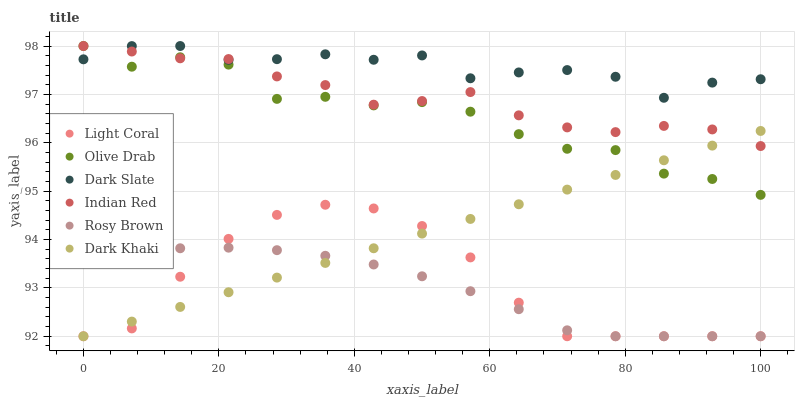
| xaxis_label | Light Coral | Olive Drab | Dark Slate | Indian Red | Rosy Brown | Dark Khaki |
 | --- | --- | --- | --- | --- | --- | --- |
 | 0 | 92 | 98 | 97.7 | 98 | 93.6 | 92 |
 | 7.14 | 92.2 | 97.6 | 98 | 97.9 | 93.7 | 92.3 |
 | 14.3 | 93.2 | 97.8 | 98 | 97.7 | 93.8 | 92.6 |
 | 21.4 | 94 | 97.6 | 97.7 | 97.7 | 93.8 | 92.9 |
 | 28.6 | 94.5 | 96.9 | 97.7 | 97.4 | 93.8 | 93.2 |
 | 35.7 | 94.7 | 96.9 | 97.8 | 97.2 | 93.7 | 93.5 |
 | 42.9 | 94.6 | 96.8 | 97.7 | 96.8 | 93.5 | 93.8 |
 | 50 | 94.3 | 96.8 | 97.8 | 96.9 | 93.2 | 94.1 |
 | 57.1 | 93.6 | 96.6 | 97.3 | 97 | 92.9 | 94.4 |
 | 64.3 | 92.7 | 96.2 | 97.5 | 96.6 | 92.6 | 94.7 |
 | 71.4 | 92 | 95.9 | 97.5 | 96.3 | 92.1 | 95 |
 | 78.6 | 92 | 95.8 | 97.4 | 96.2 | 92 | 95.3 |
 | 85.7 | 92 | 95.4 | 96.9 | 96.3 | 92 | 95.6 |
 | 92.9 | 92 | 95.3 | 97.2 | 96.3 | 92 | 95.9 |
 | 100 | 92 | 94.9 | 97.3 | 95.9 | 92 | 96.2 |